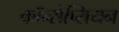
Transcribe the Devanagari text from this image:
कॉन्सेप्सियन